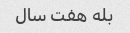
بله هفت سال